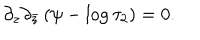
LaTeX: \partial _ { z } \partial _ { \bar { z } } \left( \psi - \log \tau _ { 2 } \right) = 0 .